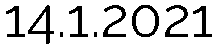
14.1.2021